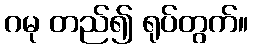
ဂမု တည်၍ ရုပ်တွက်။